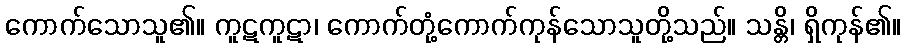
ကောက်သောသူ၏။ ကူဋကူဋာ၊ ကောက်တုံ့ကောက်ကုန်သောသူတို့သည်။ သန္တိ၊ ရှိကုန်၏။